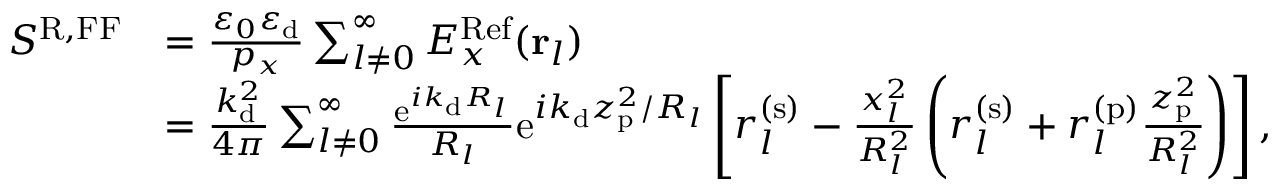
\begin{array} { r l } { S ^ { \mathrm { R , F F } } } & { = \frac { \varepsilon _ { 0 } \varepsilon _ { \mathrm { d } } } { p _ { x } } \sum _ { l \neq 0 } ^ { \infty } E _ { x } ^ { \mathrm { R e f } } ( { \bf r } _ { l } ) } \\ & { = \frac { k _ { \mathrm { d } } ^ { 2 } } { 4 \pi } \sum _ { l \neq 0 } ^ { \infty } \frac { \mathrm { e } ^ { i k _ { \mathrm { d } } R _ { l } } } { R _ { l } } \mathrm { e } ^ { i k _ { \mathrm { d } } z _ { \mathrm { p } } ^ { 2 } / R _ { l } } \left[ r _ { l } ^ { ( \mathrm { s } ) } - \frac { x _ { l } ^ { 2 } } { R _ { l } ^ { 2 } } \left( r _ { l } ^ { ( \mathrm { s } ) } + r _ { l } ^ { ( \mathrm { p } ) } \frac { z _ { \mathrm { p } } ^ { 2 } } { R _ { l } ^ { 2 } } \right) \right] , } \end{array}